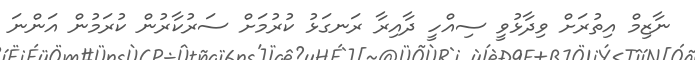
ނާޒިމް އިތުރަށް ވިދާޅުވީ ސިއްހީ ދާއިރާ ރަނގަޅު ކުރުމަށް ސަރުކާރުން ކުރަމުން އަންނަ